Annual report on the working of the mental hospitals in the Madras Presidency - 1912-1932
Year: 1912
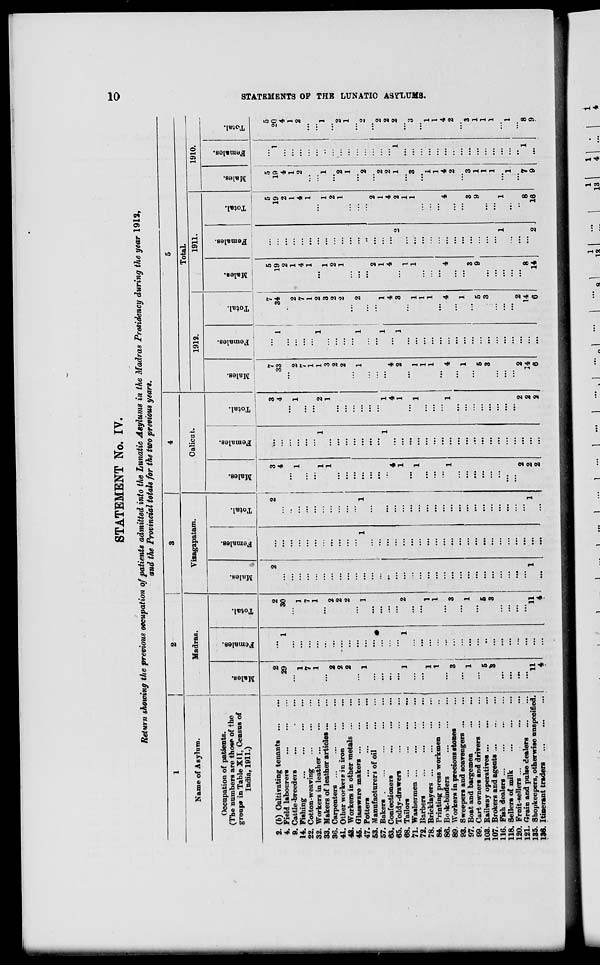
STATEMENT No. IV.
Return showing the previous oocupation of patients admitted into the Lunatic Asylums in the Madras Presidency during the year 1912,
and the Provincial totals for the two previous years.
1
1
i
2
1
1
4
5
Name of Asylum.
Madras.
Calient.
Total.
v uagapabam.
1912.
1911.
1910.
Occupation of patients.
1
(The numbers are those of the
«
.2
<£
09
.
09
09
groups in Table XII, Census of
India, 1911.)
o
"5
"3
£
a
"5
o
o
3
3
e
C
CO
o
"3
3
B
*3
o
DD
09
3
3
s
<0
3
o
15
a
09
-3*
O
09
3
3
S
1
a
&H
EH
B
fc
1 * S
fe
EH
S
fe
H
s
(X4
EH
S
to
£■<
2. (b) Cultivating tenants
2
...
2
2
2
3
3
7
n
7
5
5
5
5
4. Field labourers
29
1
30
...
4
4
33
I
34
19
...
19
19
1
20
9. Cattle-breeders
...
...
...
••
2
...
2
4
... ...
4
14. Fishing
1
...
1
...
...
...
1
...
1
2
...
2
1
...
1
1
...
1
22. Cotton-weaving
..
7
7
...
...
...
...
...
i
...
7
4
...
4
2
...
2
32. Workers in leather ...
..
1
...
1
...
...
...
1
...
1
1
...
1
.. ■
...
...
33. Makers of leather articles ...
...
1
1
2
1
1
2
...
...
...
...
...
36. Carpenters ...
2
2
...
...
1
1
3
...
3
1
...
1
1
..
1
41. Other workers in iron
2
2
...
...
2
...
2
2
...
2
...
...
43. Workers in other metals ...
2
2
...
2
2
1
...
1
2
...
2
45. Glassware makers ...
...
...
...
1
...
1
47. Potters
1
1
1
1
...
1
1
2
...
...
53. Manufacturers of oil
"• ^
...
...
...
..
2
2
57. Bakers .
•
...
...
...
2
...
2
...
63. Confectioners
...
...
1
1
1
1
1
1
2
2
65. Toddy-drawers
...
...
...
4
4
4
...
4
4
...
4
2
...
2
68. Tailors
...
..,
...
.
1
1
2
1
1
2
1
3
2
2
1
1
2
7l. Washermen ...
...
...
...
...
1
1
...
...
72. Barbers
1
1
1
1
1
...
1
3
3
78. Bricklayers
1
1
...
...
...
...
...
1
...
1
...
...
...
84. Printing press workmen ...
1
1
...
...
...
...
...
1
1
...
...
1
...
1
86. Bo tk-binders
• ••
...
...
...
...
...
...
1
1
89. Workers in precious stones
3
3
...
...
1
...
1
4
4
4
...
4
4
4
93. Sweepers and scavengers ...
...
...
...
...
...
...
...
...
...
...
...
...
...
2
..
2
97. Boat and bargemen
1
1
...
...
...
...
...
...
1
...
1
...
...
...
99. Cart owners and drivers ...
...
...
...
...
...
3
3
3
3
103. Railway operatives
5
.,
5
...
...
...
...
5
5
9
9
1
...
1
107- Brokers and agents ...
3
3
...
...
...
...
3
...
3
...
...
1
1
116. Fish dealers
...
...
...
1
1
118. Sellers of milk
...
...
...
1
1
120. Froit-sellers ...
...
...
1
1
121. Grain and pulse dealers
...
2
2
2
2
...
135. Shopkeepers, otherwise unspecified.
11
...
11
1
...
1
2
2
14
14
8
...
8
7
1
8
136. Itinerant traders
..
4
...
4
...
...
...
2
...
2
6
...
6
14
2
16
9
...
9
CO
P3
as
H
CQ
O
a
H
r«
c5
>
OB